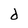
Character: d